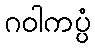
ဂဝါကပ္ပံ